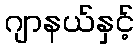
ဂျာနယ်နှင့်